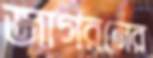
জাগরনের